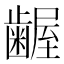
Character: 𮯎